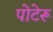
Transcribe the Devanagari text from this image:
पोटेरू